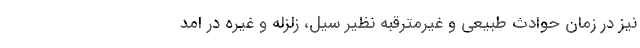
نیز در زمان حوادث طبیعی و غیرمترقبه نظیر سیل، زلزله و غیره در امد